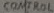
Text: CONTROL